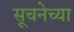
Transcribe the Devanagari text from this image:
सूचनेच्या